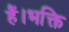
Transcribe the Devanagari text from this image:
हैं।भक्ति